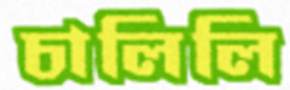
চালিলি